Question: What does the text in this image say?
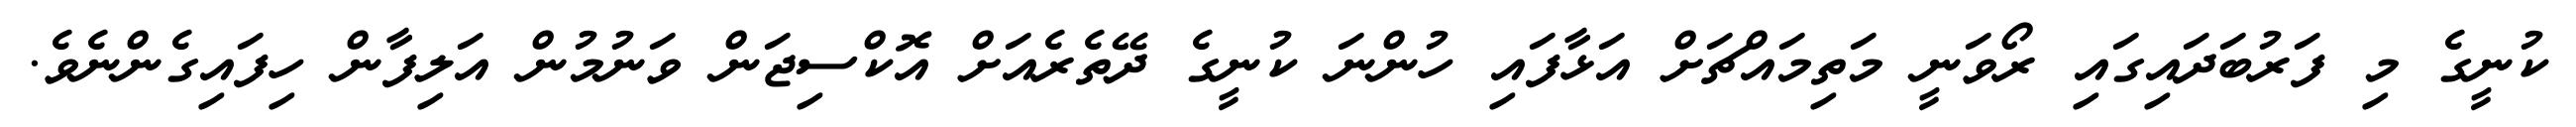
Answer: ކުނީގެ މި ފަރުބަދައިގައި ރޯވަނީ މަތިމައްޗަށް އަޅާފައި ހުންނަ ކުނީގެ ދޭތެރެއަށް އޮކްސިޖަން ވަނުމުން އަލިފާން ހިފައިގެންނެވެ.